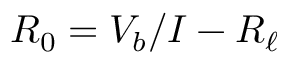
R _ { 0 } = V _ { b } / I - R _ { \ell }